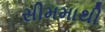
સીમમાથી